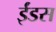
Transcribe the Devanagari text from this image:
ईंडस